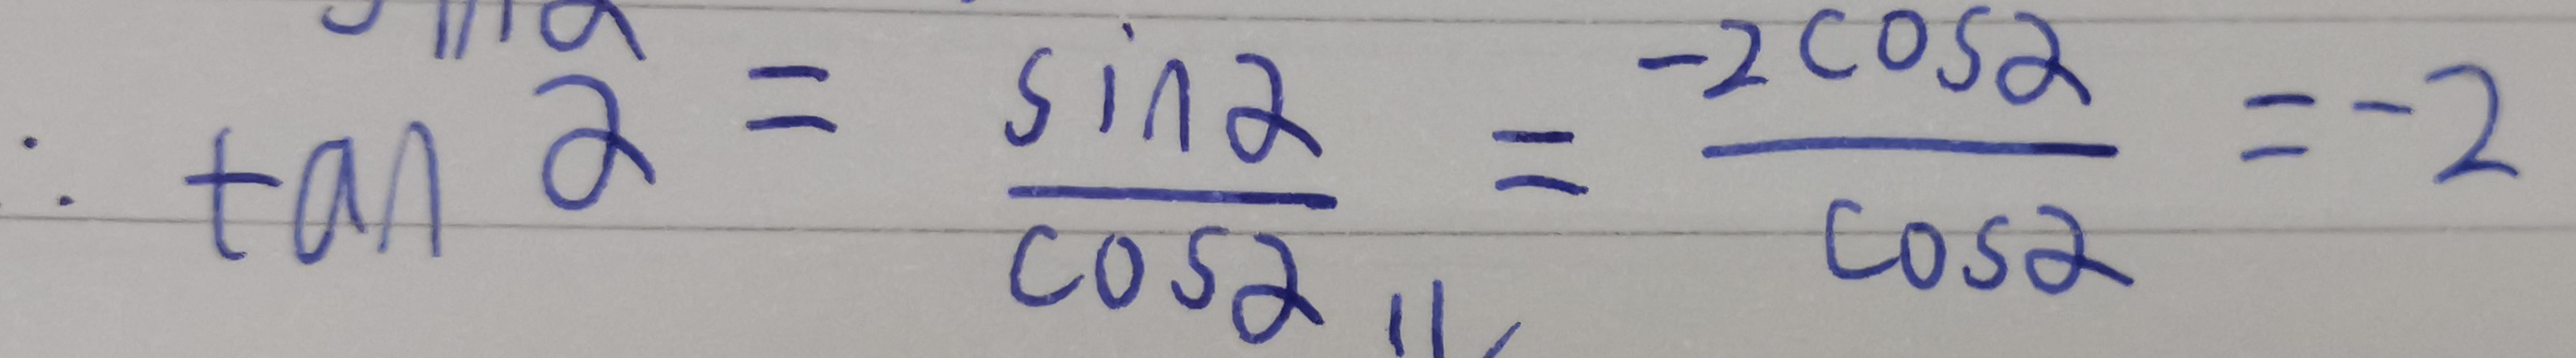
\therefore + a 1 \alpha = \frac { \sin \alpha } { \cos \alpha } = \frac { - 2 \cos \alpha } { \cos \alpha } = - 2